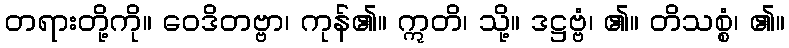
တရားတို့ကို။ ဝေဒိတဗ္ဗာ၊ ကုန်၏။ ဣတိ၊ သို့။ ဒဋ္ဌဗ္ဗံ၊ ၏။ တိသစ္စံ၊ ၏။